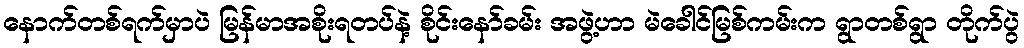
နောက်တစ်ရက်မှာပဲ မြန်မာအစိုးရတပ်နဲ့ စိုင်းနော်ခမ်း အဖွဲ့ဟာ မဲခေါင်မြစ်ကမ်းက ရွာတစ်ရွာ တိုက်ပွဲ